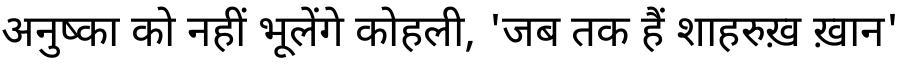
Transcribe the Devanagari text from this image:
अनुष्का को नहीं भूलेंगे कोहली, 'जब तक हैं शाहरुख़ ख़ान'